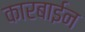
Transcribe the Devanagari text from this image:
कारबाईन